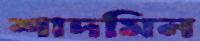
শাদমিন